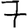
Digit: 7